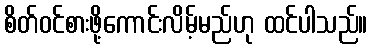
စိတ်ဝင်စားဖို့ကောင်းလိမ့်မည်ဟု ထင်ပါသည်။